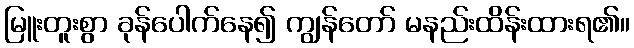
မြူးတူးစွာ ခုန်ပေါက်နေ၍ ကျွန်တော် မနည်းထိန်းထားရ၏။